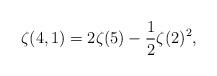
LaTeX: \begin{align*} \zeta(4,1) = 2 \zeta(5) - \frac{1}{2} \zeta(2)^2,\end{align*}